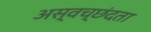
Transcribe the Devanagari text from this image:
अस्वच्छंदता